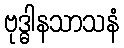
ဗုဒ္ဓါနသာသနံ